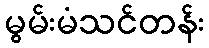
မွမ်းမံသင်တန်း